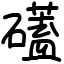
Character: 礚